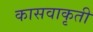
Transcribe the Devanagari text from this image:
कासवाकृती